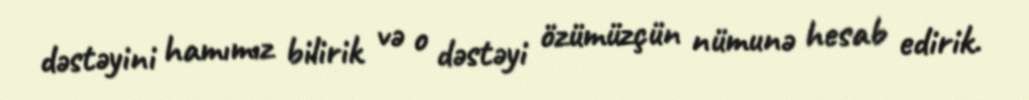
dəstəyini hamımız bilirik və o dəstəyi özümüzçün nümunə hesab edirik.